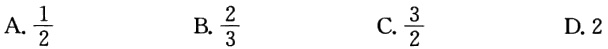
A. $\frac{1}{2}$

B. $\frac{2}{3}$

C. $\frac{3}{2}$

D. 2